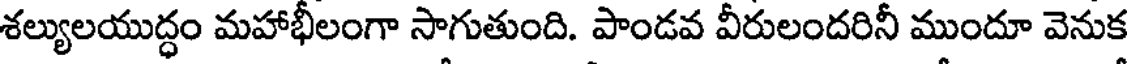
శల్యులయుద్ధం మహాభీలంగా సాగుతుంది. పాండవ వీరులందరినీ ముందూ వెనుక